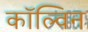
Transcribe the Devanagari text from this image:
काॅल्विन